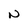
Character: N